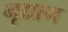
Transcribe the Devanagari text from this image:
भृद्यान